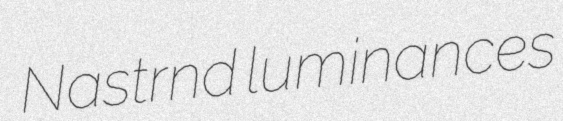
Nastrnd luminances